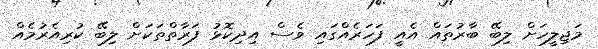
މަޖިލީހަށް ލިބޭ ބާރުތައް އެއީ ފަހަރެއްގައި ވެސް އިދިކޮޅު ފަރާތްތަކަށް ލިބޭ ކުރިއެރުމެއް